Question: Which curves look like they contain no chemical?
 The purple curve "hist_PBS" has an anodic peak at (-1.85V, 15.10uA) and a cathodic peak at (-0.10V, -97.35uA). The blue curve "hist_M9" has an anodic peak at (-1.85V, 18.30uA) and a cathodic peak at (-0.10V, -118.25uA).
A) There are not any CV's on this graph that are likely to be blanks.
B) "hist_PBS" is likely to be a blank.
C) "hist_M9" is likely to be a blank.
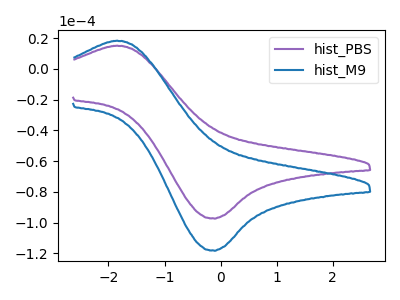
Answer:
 <answer>A) There are not any CV's on this graph that are likely to be blanks.</answer>
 <eval>A</eval>